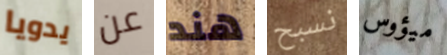
يدويا عن هند نسبح ميؤوس